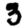
Digit: 3